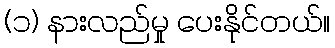
(၁) နားလည်မှု ပေးနိုင်တယ်။